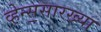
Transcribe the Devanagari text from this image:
व्हेन्स॒सारख्या